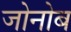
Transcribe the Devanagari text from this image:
जोनोब